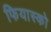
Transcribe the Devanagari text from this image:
फियास्को